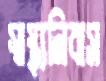
স্বাস্থ্যনিবাস